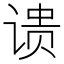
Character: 𬤉